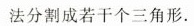
法分割成若干个三角形.